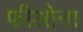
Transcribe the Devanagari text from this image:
फीओना